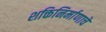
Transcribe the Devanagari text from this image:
शक्तिनिर्माणाचे